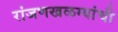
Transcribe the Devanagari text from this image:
रांजणखळग्यांची